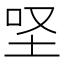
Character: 𡊙